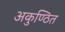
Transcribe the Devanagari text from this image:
अकुण्ठित